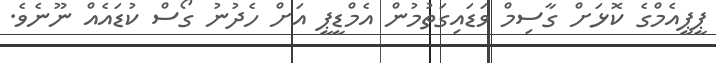
ޕީޕީއެމްގެ ކޮޅަށް ގާސިމް ވަޑައިގަތުމުން އެމްޑީޕީ އަށް ހެދުނު ގޯސް ކުޑައެއް ނޫނެވެ.